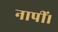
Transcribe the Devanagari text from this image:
नापीं।